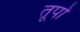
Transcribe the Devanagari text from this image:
तूपों